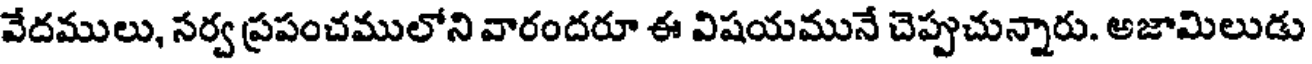
వేదములు, సర్వ ప్రపంచములోని వారందరూ ఈ విషయమునే చెప్పుచున్నారు. అజామిలుడు